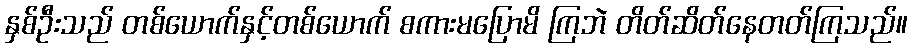
နှစ်ဦးသည် တစ်ယောက်နှင့်တစ်ယောက် စကားမပြောမိ ကြဘဲ တိတ်ဆိတ်နေတတ်ကြသည်။